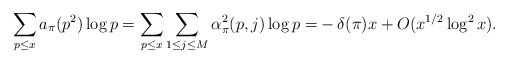
\begin{align*} \sum_{p \leq x}a_{\pi}(p^2)\log p =\sum_{p \leq x}\sum_{1 \leq j \leq M}\alpha^2_{\pi}(p, j)\log p =& -\delta(\pi)x+O(x^{1/2}\log^{2} x).\end{align*}